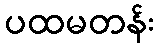
ပထမတန်း